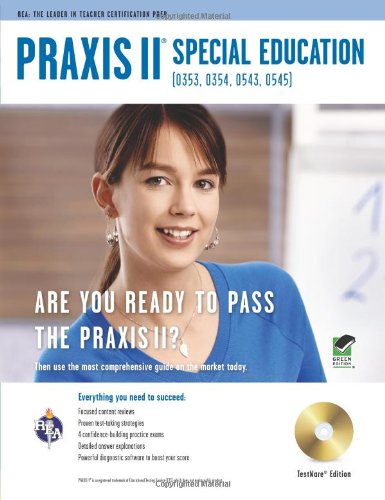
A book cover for PRAXIS II Special Education (0353, 0354, 0543, 0545) w/CD (PRAXIS Teacher Certification Test Prep); Dr. Kymberly Harris Drawdy Ph.D.; Test Preparation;